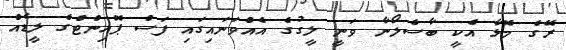
ރޭގެ މޮޅާ އެކީ ބާސެލޯނާ ވަނީ ލީގުގެ އެއްވަނައިގައި ފަސް ޕޮއިންޓްގެ ލީޑެއް